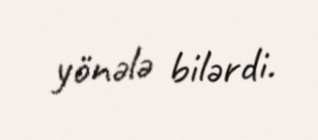
yönələ bilərdi.